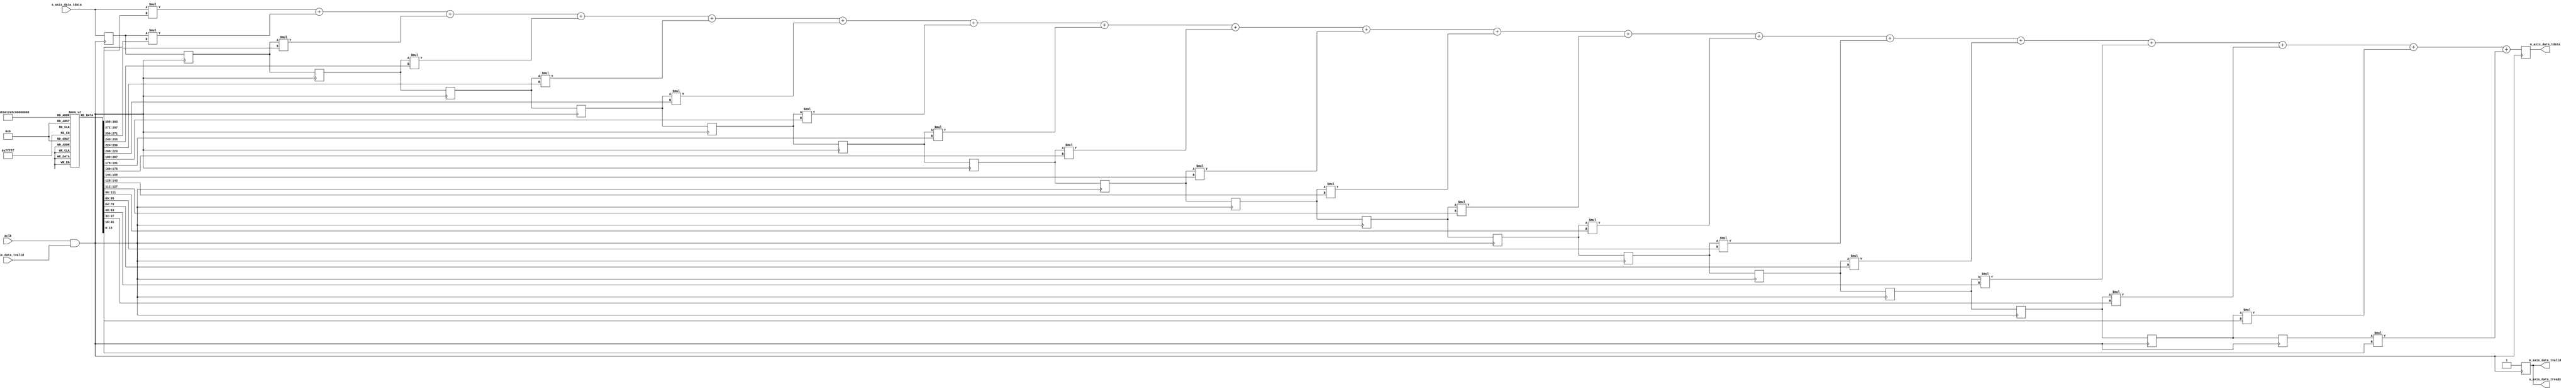
`timescale 1ns / 1ps
`timescale 1ns/100ps

module optimizedSourceFIRfilter(aclk, s_axis_data_tvalid, s_axis_data_tdata, 
                    s_axis_data_tready, m_axis_data_tvalid, m_axis_data_tdata);
         
    input aclk, s_axis_data_tvalid;
    input [15:0] s_axis_data_tdata;
    output s_axis_data_tready, m_axis_data_tvalid;
    output [15:0] m_axis_data_tdata;
    
    
    
    reg signed [15:0] coefficient [18:0];

	 reg signed [15:0] b[17:0];
    reg signed [15:0] result;
    reg signed [31:0] temp_result;
    reg valid;

    reg [4:0] i;
    
	 initial begin
	 temp_result=0;
	 coefficient [0]=16'd26;
	 coefficient [1]=16'd270;
	 coefficient [2]=16'd963;
	 coefficient [3]=16'd2424;
	 coefficient [4]=16'd4869;
	 coefficient [5]=16'd8259;
	 coefficient [6]=16'd12194;
	 coefficient [7]=16'd15948;
	 coefficient [8]=16'd18666;
	 coefficient [9]=16'd19660;
	 coefficient [10]=16'd18666;
	 coefficient [11]=16'd15948;
	 coefficient [12]=16'd12194;
	 coefficient [13]=16'd8259;
	 coefficient [14]=16'd4869;
	 coefficient [15]=16'd2424;
	 coefficient [16]=16'd963;
	 coefficient [17]=16'd270;
	 coefficient [18]=16'd26;
	 b[0]=0;b[1]=0;b[2]=0;b[3]=0;b[4]=0;b[5]=0;b[6]=0;b[7]=0;b[8]=0;b[9]=0;
	 b[10]=0;b[11]=0;b[12]=0;b[13]=0;b[14]=0;b[15]=0;b[16]=0;b[17]=0;
	 end
    
	 wire temp;
	 assign temp=aclk && s_axis_data_tvalid;
    always @(posedge temp) begin
        valid <= 0;
			#5;
       // if (s_axis_data_tvalid) begin
            temp_result = s_axis_data_tdata * coefficient[0];
            
            for ( i = 1; i <= 18; i = i + 1) begin
               temp_result = temp_result + b[i - 1] * coefficient[i];
            end
            
            for ( i = 17; i >= 1; i = i - 1) begin
                b[i] <= b[i - 1];
            end
            
            b[0] <= s_axis_data_tdata;
            
            result <= temp_result[15:0];
            
            valid <= 1;
       // end
    end
	 
    
    assign s_axis_data_tready = valid;
    assign m_axis_data_tvalid = valid;
    assign m_axis_data_tdata = result;
endmodule